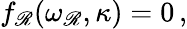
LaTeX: f_{\mathscr{R}}(\omega_{\mathscr{R}},\kappa)=0\, ,